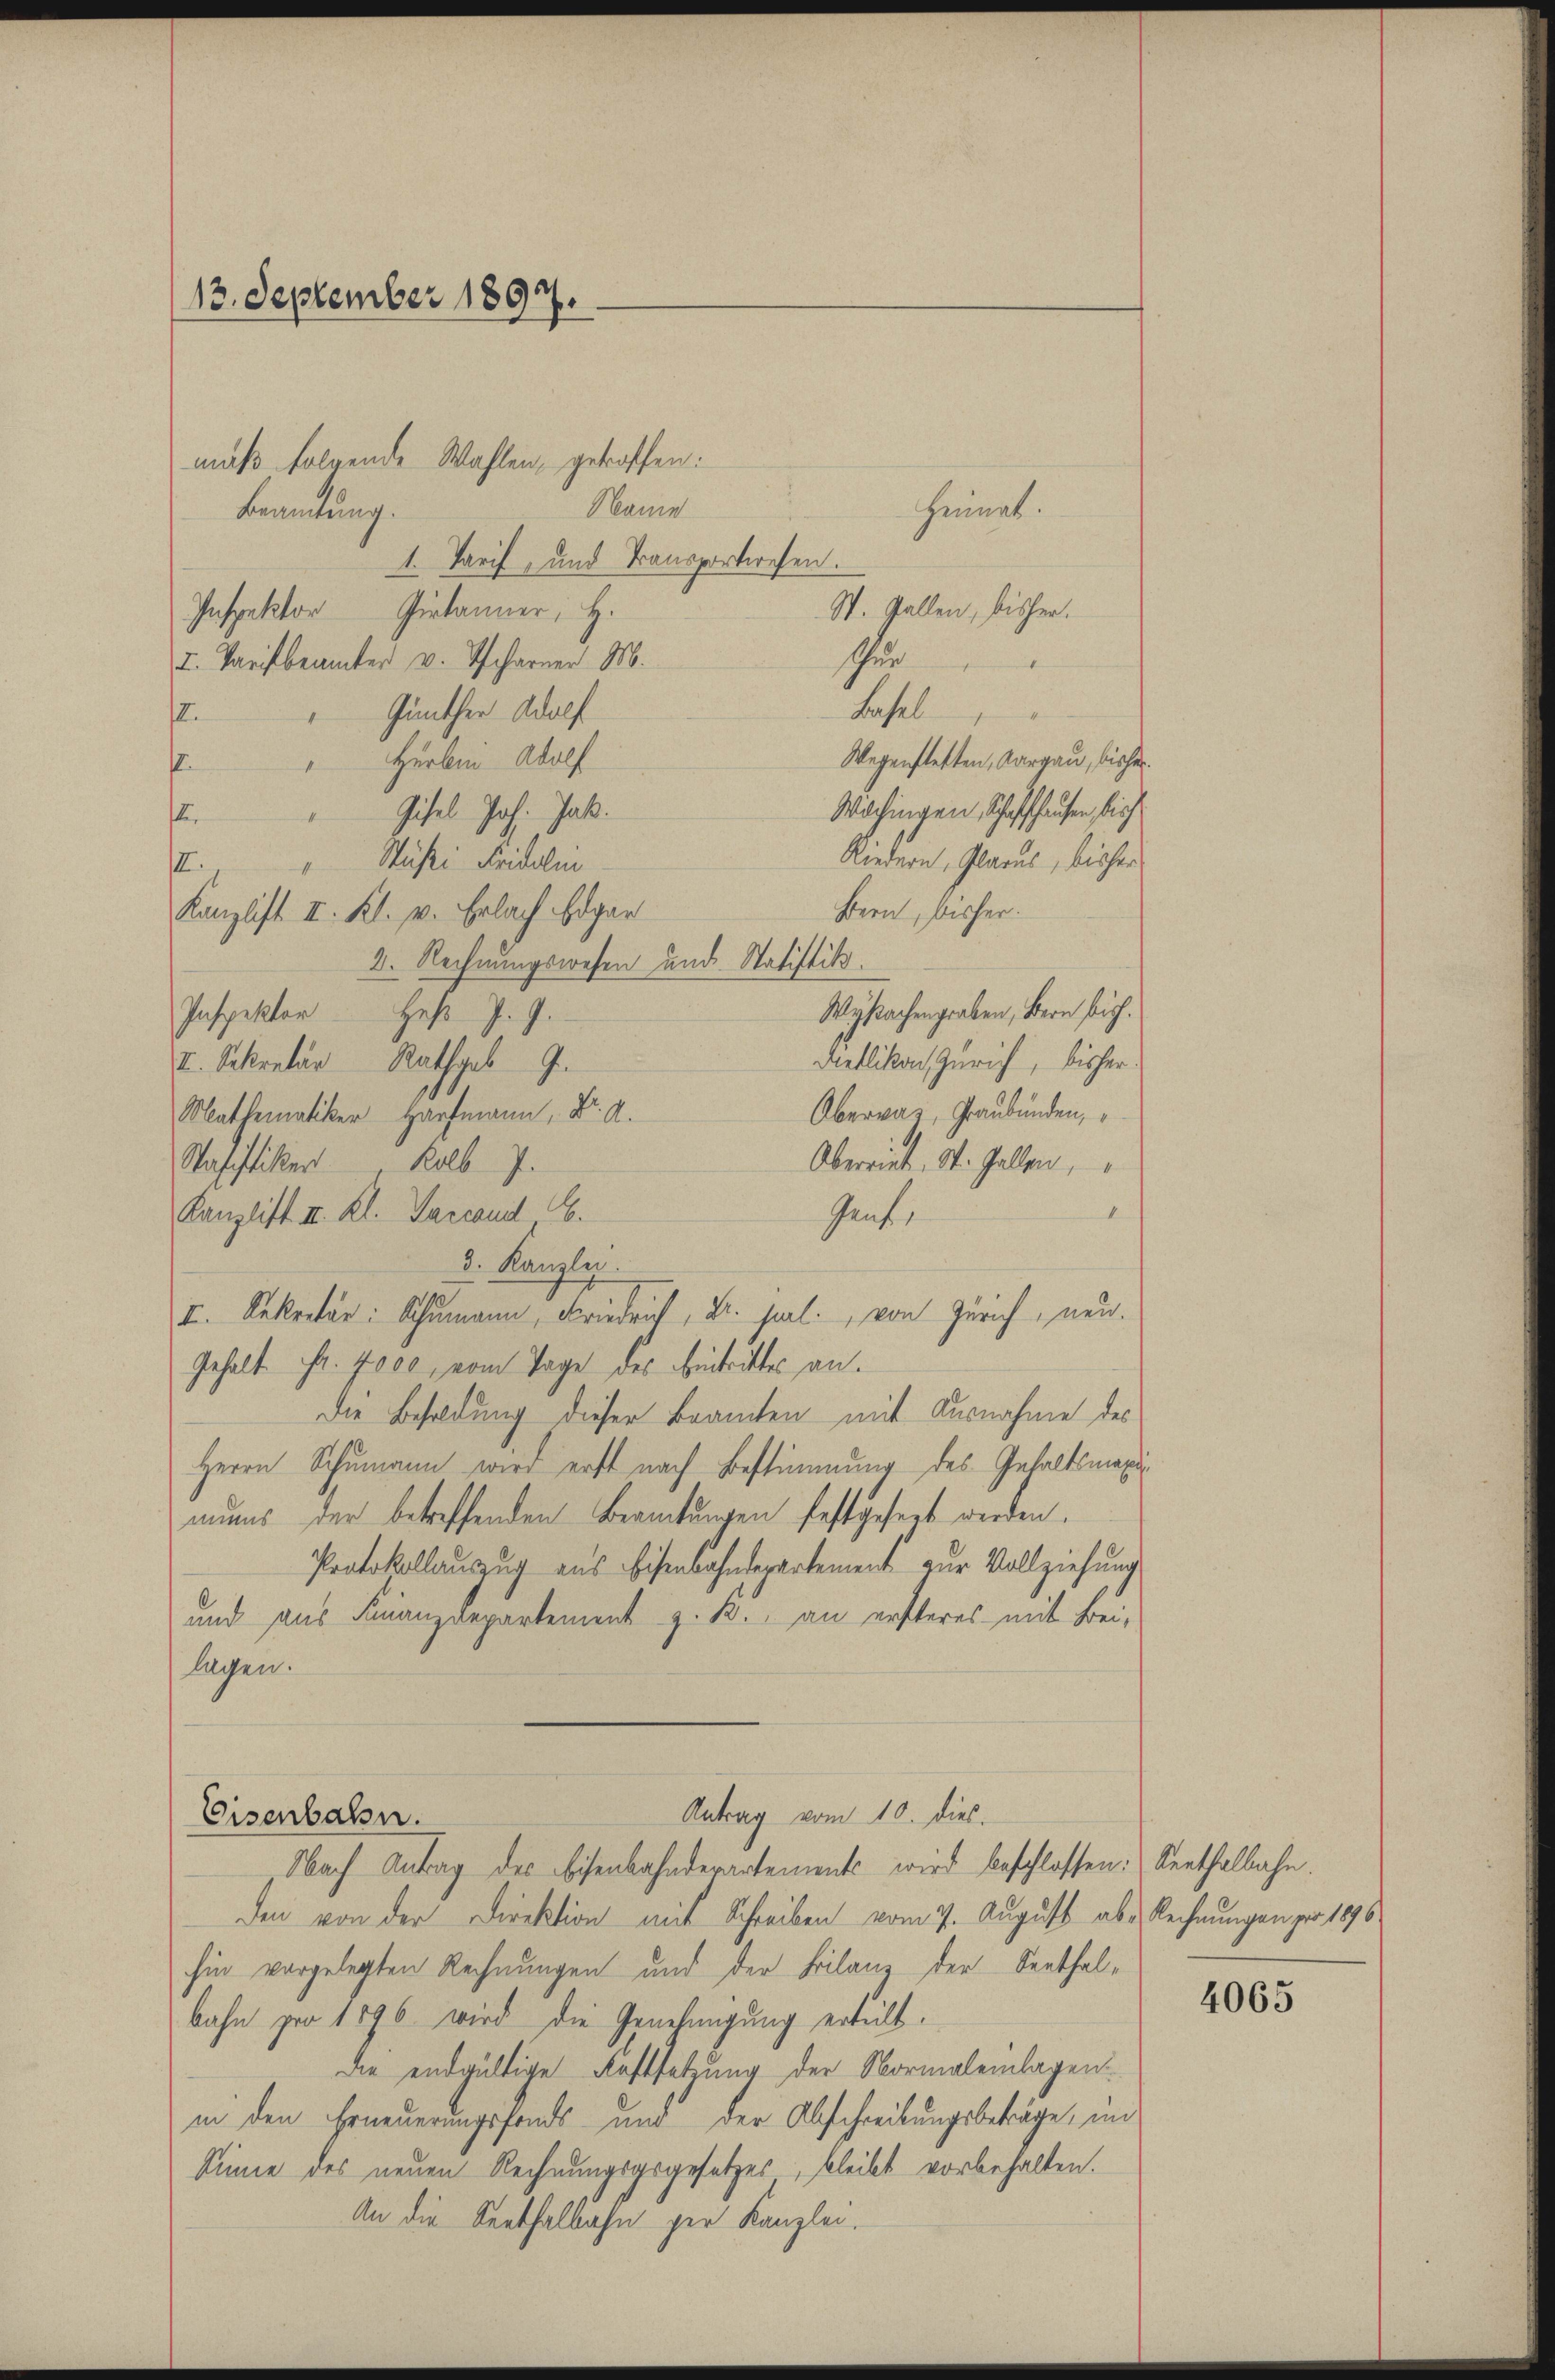
13. September 1897.
Beamtung.
1. Tarif und Transportwesen.
Inspektor Pietänner, H.
I. Parisbeamter v. Tscharner M.
Günther Adolf
12.

Name
Basel
Wegenstetten, Aargau, bisher
Herbei Adolf
f
Wöchingen Schaffhausen, bish
Gisel Joh. Jak.
.
Riedern, Glarus, bisher
Stüßi Fridli
III.
Bern, bisher.
Kanzlist II. Kl. v. Erlach Edgar
2. Rechnungswesen und Statistik.
Wysachengraben, Bern sich.
Inspektor Heß J. G.
Dietlikon, Zürich, bisher
I. Sekretär Rathgeb 9.
Obervaz, Graubünden,
Mathematiker Haufmann, Dr. A.
Wasistiker Kolb 7.
Oberriet, St. Gallen,
Kanzlist III. Kl. Sarcand. E.
Gentr
3. Kanzlei.
I. Sekretär: Schumann, Friedrich, B. seel. von Zürich, neu.
Gehalt Fr. 4000, vom Tage des Eintrittes an.
Die Besoldung dieser Beamten mit Ausnahme des
Herrn Schumann wird erst nach Bestimmung des Inhaltsmaximuns der betreffenden Beamtungen festgesezt werden.
Protokollauszug aus Eisenbahndepartement zur Vollziehung
und aus Finanzdepartement z. B. an ersteres mit Frei-
lagen.

muß folgende Wahlen, getroffen:

Heimat.

tur

St. Gallen, bisher.

Antrag vom 10. dies.
Eisenbahn.

Nach Antrag des Eisenbahnderartements wird beschlossen: Senthalbahn.
den von der Direktion mit Schreiben vom 7. August ab. Rechnungen per 186
hin vorgelegten Rechnungen und der Bilanz der Senthalbahn pro 1896 wird die Genehmigung erteilt.
die endgültige Festsetzung der Normaleinlagen:
in den Erneuerungsfonds und der Abschreibungsbeträge, in
Sinne des neuen Rechnungsgegesetzes, bleibt vorbehalten.
An die Seethalbahn per Kanzlei.

4065